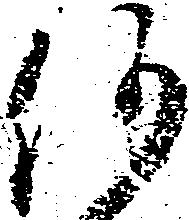
何